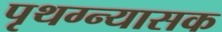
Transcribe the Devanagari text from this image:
पृथग्न्यासक